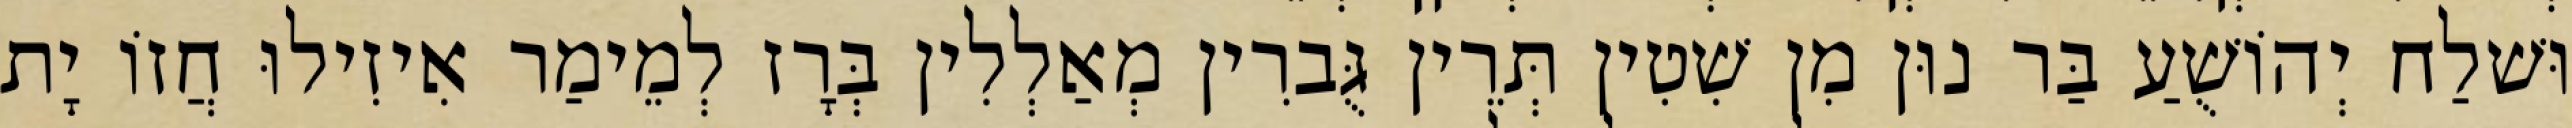
וּשׁלַח יְהוֹשֻׁעַ בַּר נוּן מִן שִׁטִין תְּרֵין גֻּברִין מְאַלְלִין בְּרָז לְמֵימַר אִיזִילוּ חֲזוֹ יָת